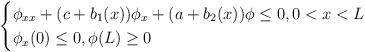
LaTeX: \begin{align*}\begin{cases}\phi_{xx}+(c + b_1(x))\phi_x +(a+ b_2(x))\phi \le 0,0<x<L\cr\phi_x(0)\le 0 ,\phi(L)\ge 0\end{cases}\end{align*}